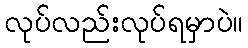
လုပ်လည်းလုပ်ရမှာပဲ။